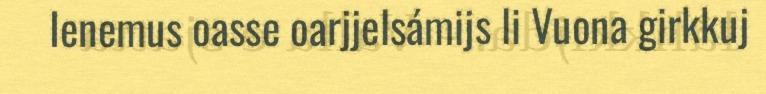
Ienemus oasse oarjjelsámijs li Vuona girkkuj